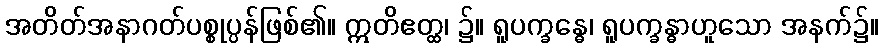
အတိတ်အနာဂတ်ပစ္စုပ္ပန်ဖြစ်၏။ ဣတိဧတ္ထ၊ ၌။ ရူပက္ခန္ဓေ၊ ရူပက္ခန္ဓာဟူသော အနက်၌။